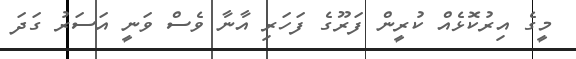
މީގެ އިރުކޮޅެއް ކުރީން ފަރޫގެ ފަހަރި އާނާ ވެސް ވަނީ އަސަރު ގަދަ